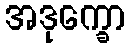
အဒုက္ခော